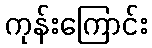
ကုန်းကြောင်း